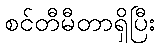
စင်တီမီတာရှိပြီး